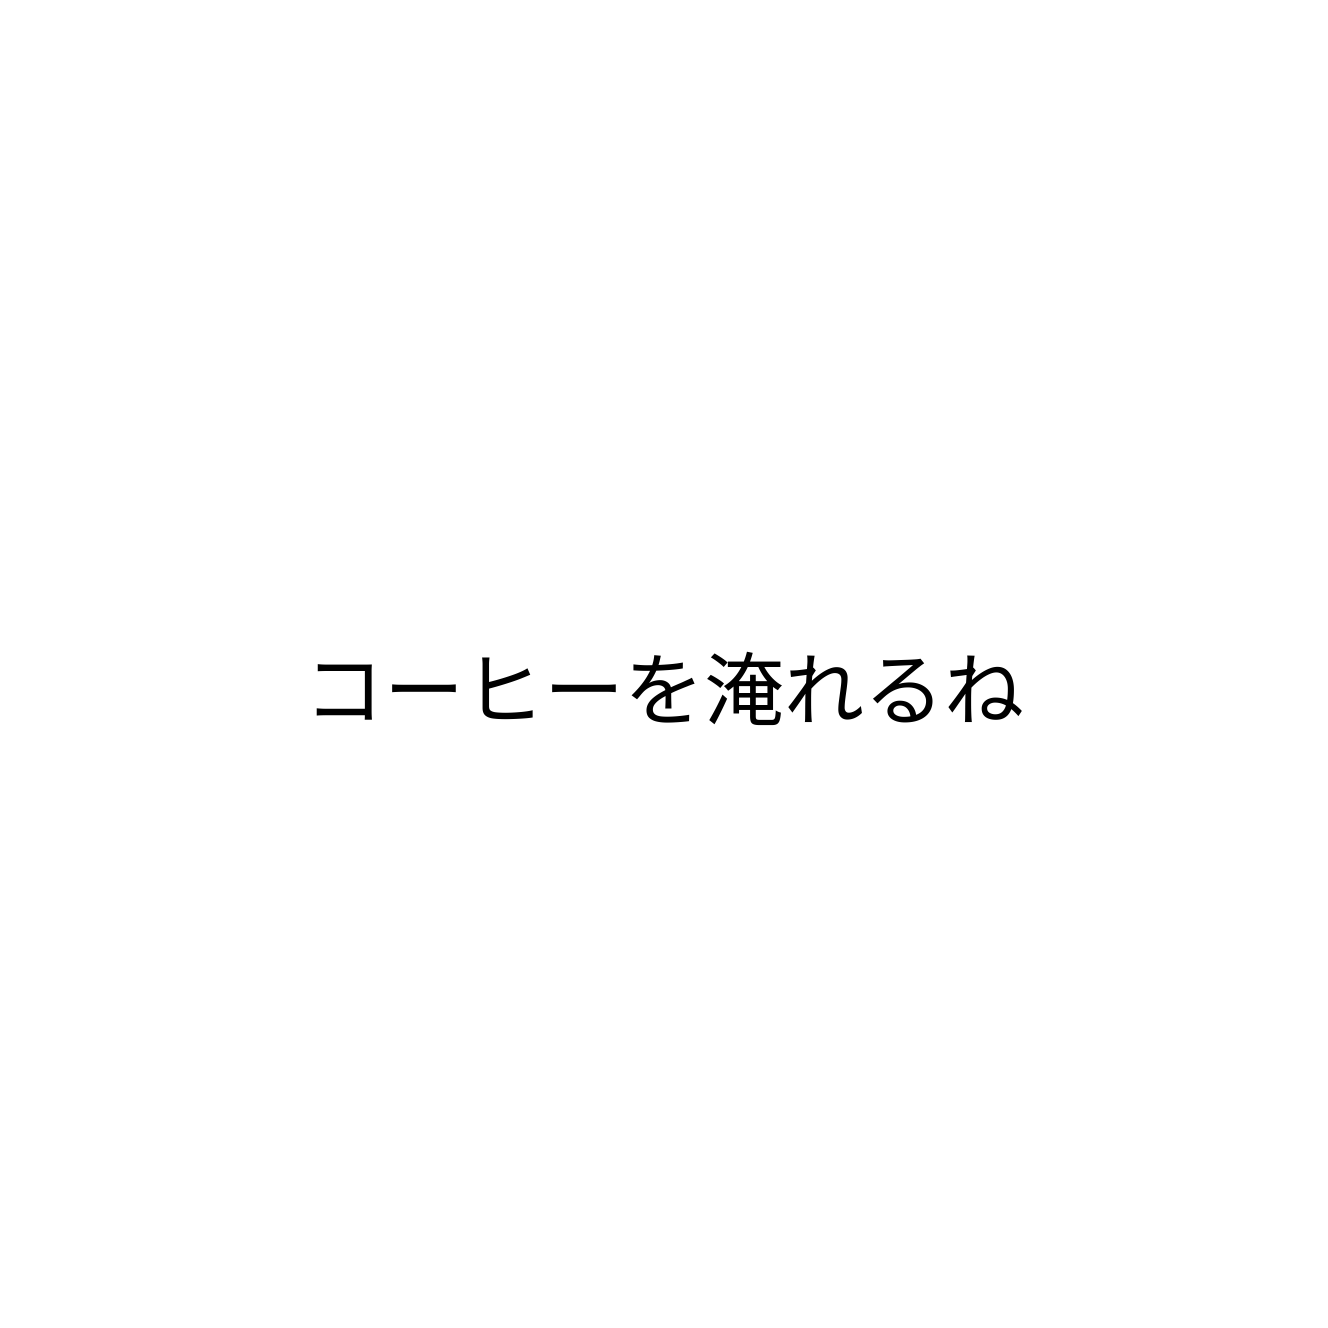
コーヒーを淹れるね